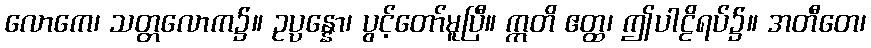
လောကေ၊ သတ္တလောက၌။ ဥပ္ပန္နော၊ ပွင့်တော်မူပြီ။ ဣတိ ဧတ္ထ၊ ဤပါဠိရပ်၌။ အတီတေ၊